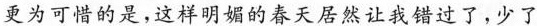
更为可惜的是，这样明媚的春天居然让我错过了，少了